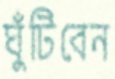
ঘুঁটিবেন